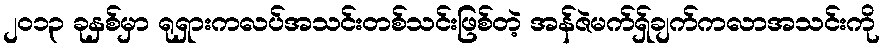
၂၀၁၃ ခုနှစ်မှာ ရုရှားကလပ်အသင်းတစ်သင်းဖြစ်တဲ့ အန်ဇဲမက်ရှ်ချက်ကလာအသင်းကို